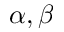
\alpha , \beta